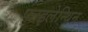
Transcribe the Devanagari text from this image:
फाइलेन्थिन